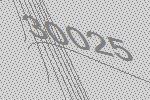
30025